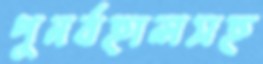
পুনর্বহালসহ